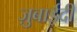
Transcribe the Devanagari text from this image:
ज़ुबाईदी